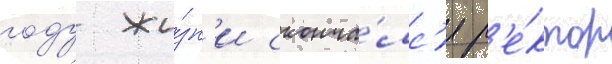
году жи́зн'и сконча́лс'я р'е́ктор